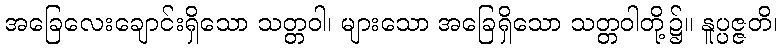
အခြေလေးချောင်းရှိသော သတ္တဝါ၊ များသော အခြေရှိသော သတ္တဝါတို့၌။ နူပ္ပဇ္ဇတိ၊